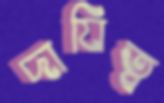
দাযিত্ব